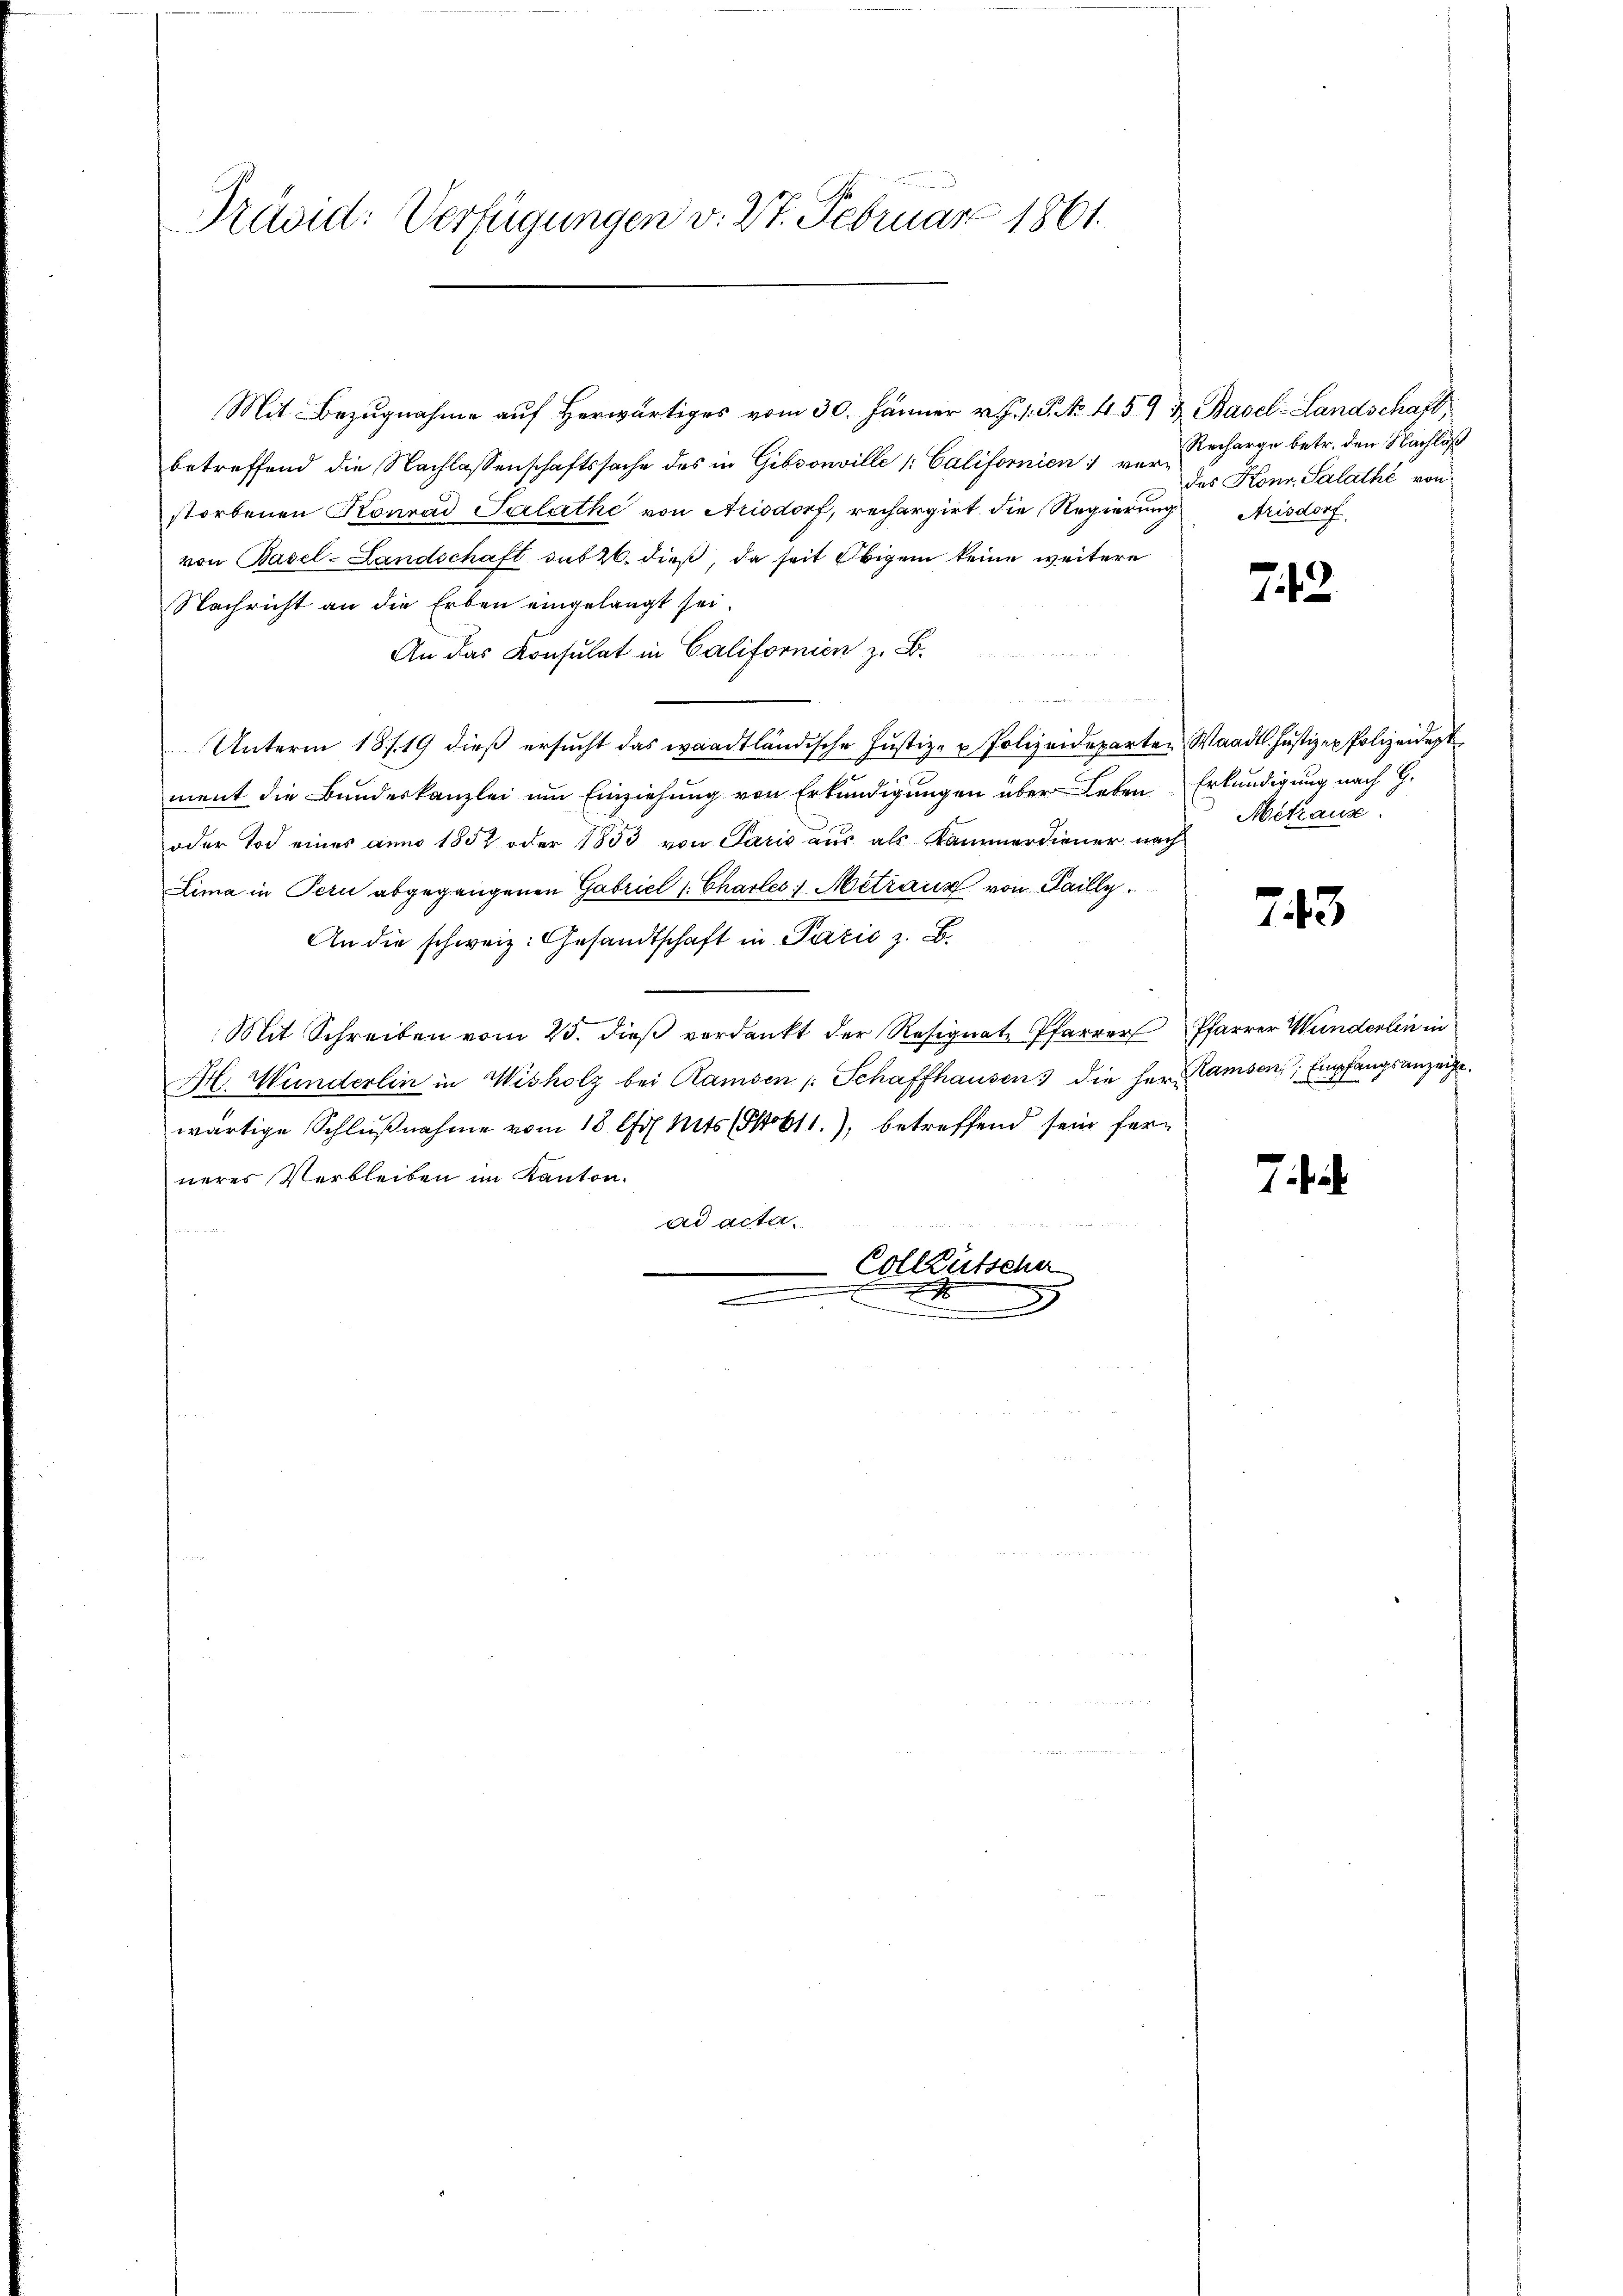
Präsid: Verfügungen v. 27. Februar 1861.

Mit Bezugnahme auf herwärtiges vom 30. Jänner v. J. 1. P. Nr. 459 u. Basel-Landschaft,
betreffend die Nachlassenschaftssache des in Gibsonville (: Californien ver- der Honr. Salathe von
storbenen Konrad Salathe von Arisdorf, rechargirt die Regierung
von Basel-Landschaft sub 20. dieß, da seit Obigen keine weitere
Nachricht an die Erben eingelangt sei.
An das Konsulat in Californien z. B.
u
Unterm 18 f. 19 dieß ersucht das waadtländische Justiz- & Polizeideparten Waadt. Justizex Polizeident
ment die Bundeskanzlei um Einziehung von Erkundigungen über Leben Erkundigung nach G.
oder Tod eines anno 1857 oder 1853 von Paris aus als Kammerdiener nach
Lima in Pern abgegangenen Gabriel 1. Charles Metraun von Failly
An die schweiz. Gesandtschaft in Pazić z. B.
Mit Schreiben vom 25. dieß verdankt der Resignat Pfarrer Pfarrer Wunderlin in
Hl. Wunderlin in Wisholz bei Ramsen /: Schaffhausen die Herr Ramsen Empfangsanzeige.
wärtige Schlŭβnahme vom 18 Joh. Mits (Sobt1.), betreffend sein ferneres Verbleiben im Kanton.
ad acta,
e
Colleütscher
n
.

Recharge betr. den Nachläß
Arisdorf

742

Mitraue

743

7a.